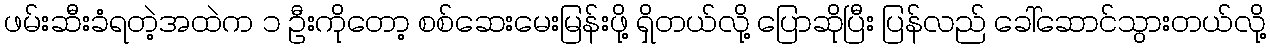
ဖမ်းဆီးခံရတဲ့အထဲက ၁ ဦးကိုတော့ စစ်ဆေးမေးမြန်းဖို့ ရှိတယ်လို့ ပြောဆိုပြီး ပြန်လည် ခေါ်ဆောင်သွားတယ်လို့